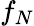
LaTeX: f_{N}